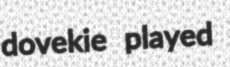
dovekie played